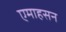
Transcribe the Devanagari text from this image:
एमाहसन